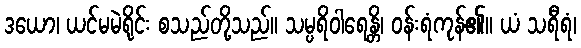
ဒယော၊ ယင်မမဲရိုင်း စသည်တို့သည်။ သမ္ပရိဝါရေန္တိ၊ ဝန်းရံကုန်၏။ ယံ သရီရံ၊